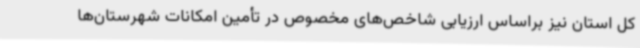
کل استان نیز براساس ارزیابی شاخص‌های مخصوص در تأمین امکانات شهرستان‌ها